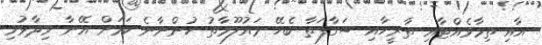
އާއި ތިމާވެއްޓާއި ތާރީހާއި ސަގާފަތާ ބެހޭ މައުލޫމާތު ހުންނާނެ ކަމަށް އޭނާ ވިދާޅުވި